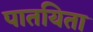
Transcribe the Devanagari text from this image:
पातयिता